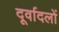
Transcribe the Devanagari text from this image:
दूर्वादलों